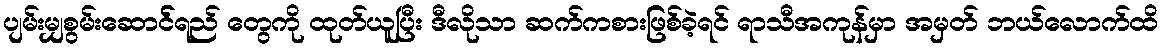
ပျမ်းမျှစွမ်းဆောင််ရည် တွေကို ထုတ်ယူပြီး ဒီလိုသာ ဆက်ကစားဖြစ်ခဲ့ရင် ရာသီအကုန်မှာ အမှတ် ဘယ်လောက်ထိ